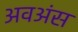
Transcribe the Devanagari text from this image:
अवअंस